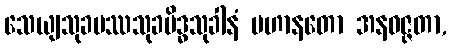
သေယျသုခပဿသုခမိဒ္ဓသုခါနံ ပဟာနတော အနဝဇ္ဇတာ,